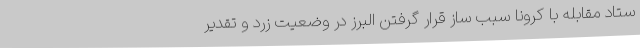
ستاد مقابله با کرونا سبب ساز قرار گرفتن البرز در وضعیت زرد و تقدیر